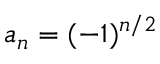
a _ { n } = ( - 1 ) ^ { n / 2 }